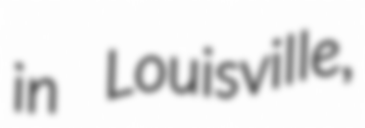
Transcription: in Louisville,